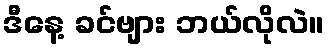
ဒီနေ့ ခင်ဗျား ဘယ်လိုလဲ။